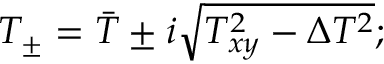
T _ { \pm } = \bar { T } \pm i \sqrt { T _ { x y } ^ { 2 } - \Delta T ^ { 2 } } ;